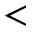
<